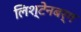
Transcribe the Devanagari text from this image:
लिश्टेनबर्ग